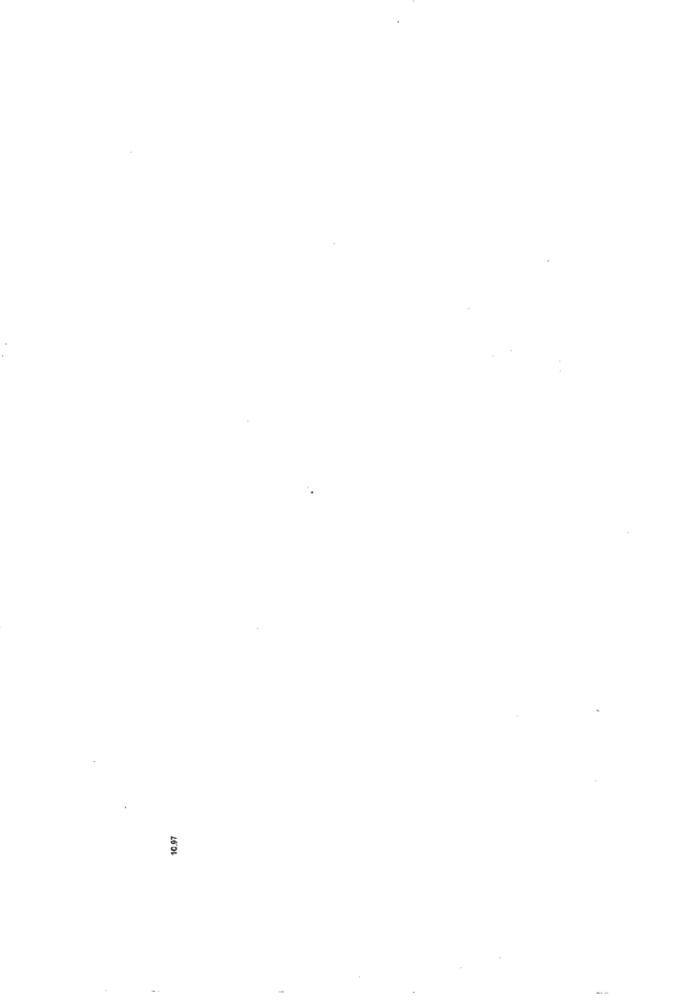
10.97